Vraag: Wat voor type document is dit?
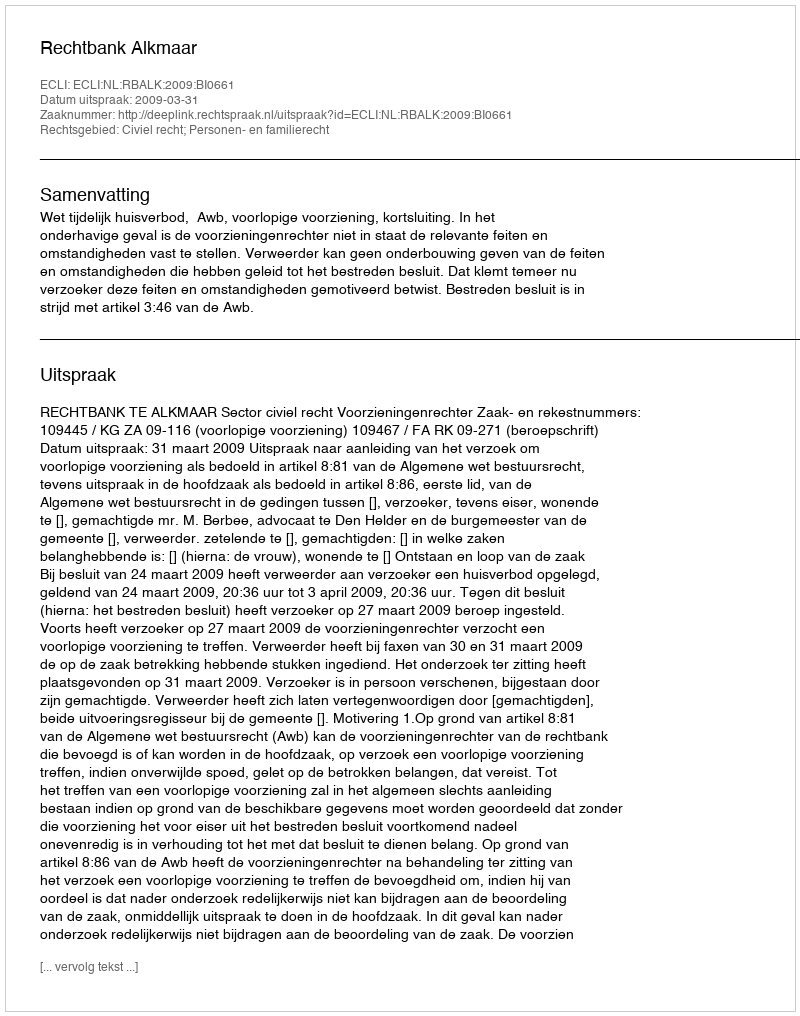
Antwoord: Uitspraak